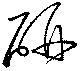
研